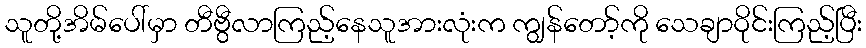
သူတို့အိမ်ပေါ်မှာ တီဗွီလာကြည့်နေသူအားလုံးက ကျွန်တော့်ကို သေချာဝိုင်းကြည့်ပြီး